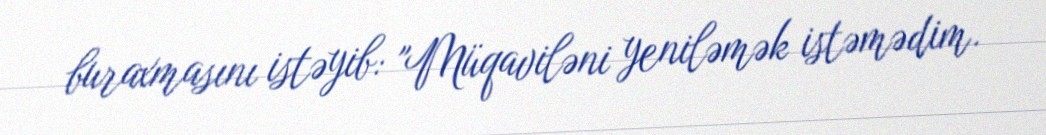
buraxmasını istəyib: "Müqaviləni yeniləmək istəmədim.